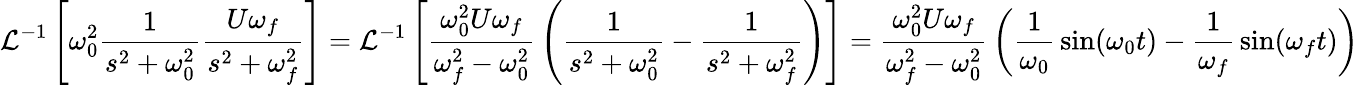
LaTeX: {\mathcal{L}}^{-1}\left[\omega_{0}^{2}{\frac{1}{s^{2}+\omega_{0}^{2}}}{\frac{U\omega_{f}}{s^{2}+\omega_{f}^{2}}}\right]={\mathcal{L}}^{-1}\left[{\frac{\omega_{0}^{2}U\omega_{f}}{\omega_{f}^{2}-\omega_{0}^{2}}}\left({\frac{1}{s^{2}+\omega_{0}^{2}}}-{\frac{1}{s^{2}+\omega_{f}^{2}}}\right)\right]={\frac{\omega_{0}^{2}U\omega_{f}}{\omega_{f}^{2}-\omega_{0}^{2}}}\left({\frac{1}{\omega_{0}}}\sin(\omega_{0}t)-{\frac{1}{\omega_{f}}}\sin(\omega_{f}t)\right)